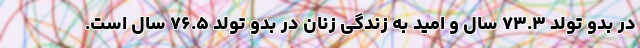
در بدو تولد ۷۳.۳ سال و امید به زندگی زنان در بدو تولد ۷۶.۵ سال است.